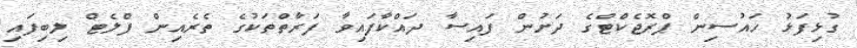
ގުޅިފަޅު ހައުސިން ޕްރޮޖެކްޓްގެ ދަށުން ފައިސާ ދައްކާފައިވާ ފަރާތްތަކުގެ ތެރެއިން ފްލެޓް ލިބިފައި